Annual administration and progress report of the Indian Medical Department, Bombay
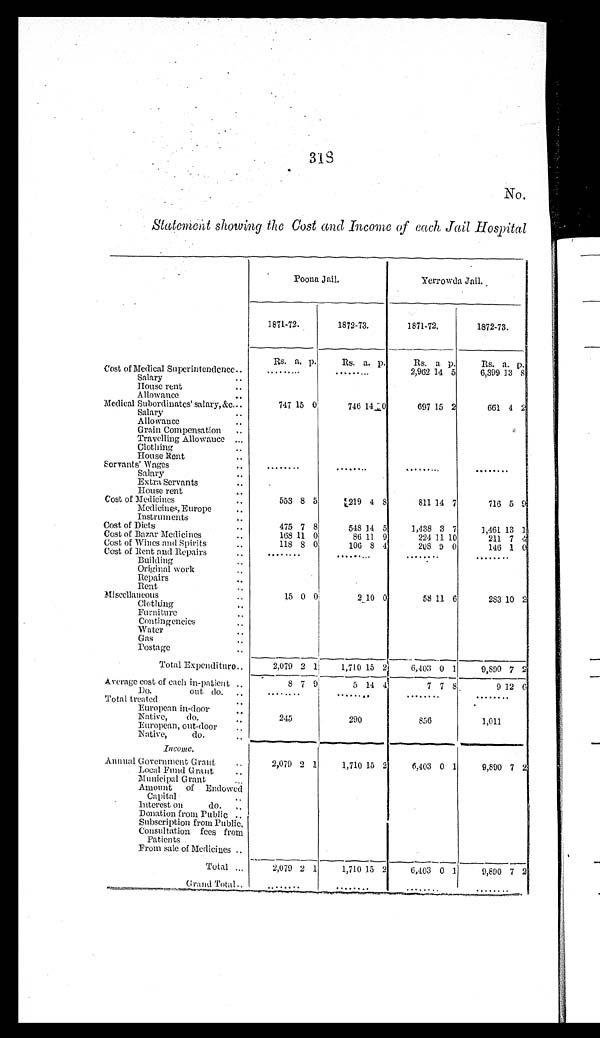
318
No.
Statement showing the Cost and Income of each Jail Hospital
P o o n a J a i l .
Yerrowda Jai l .
1871-72.
1872-73.
1871-72.
1872-73.
Rs. a. p.
Rs. a. p.
Rs. a. p.
Rs. a. p.
Cost of Medical Superintendence . . .
. . .
. . .
2,962 14 5
6,399 13 8
Salary . . .
House rent . . .
Allowance . . .
Medical Subordinates' salary, &c. . . .
747 15 0
746 14 < i l l e g i b l e > 0
6 9 7 15 2
661 4 2
Salary . . .
Allowance . . .
Grain Compensation . . .
Travelling Allowance . . .
Clothing . . .
House Rent . . .
Servants' Wages . . .
. . .
. . .
. . .
. . .
Salary . . .
Extra Servants . . .
H o u s e r e n t . . .
Cost of Medicines . . .
553 8 5
219 4 8
811 14 7
716 5 9
Medicines, Europe . . .
Instruments . . .
Cost of Diets . . .
475 7 8
548 14 5
1,438 3 7
1,461 13 1
Cost of Bazar Medicines . . .
1 6 8 11 0
86 11 9
224 11 10
211 7 4
Cost of Wines and Spirits . . .
118 8 0
106 8 4
208 9 0
146 1
0
Cost of Rent and Repairs . . .
. . .
. . .
. . .
. . .
Building . . .
Original work . . .
Repairs . . .
Rent . . .
Miscellaneous . . .
15
0 0
2 10 0
58 11 6
283 10
2
Clothing . . .
Furniture . . .
Contingencies . . .
Water . . .
Gas . . .
Postage . . .
Total Expenditure.
2,079 2 1
1,710 15 2
6,403 0 1
9,890 7
2
Average cost of each in-patient . . .
8 7 9
5 14 4
7 7 8
9 12 6
Do. out do. . . .
. . . . . .
. . .
. . .
Total treated . . .
European in-door . . .
Native, do. . . .
245
290
856
1,011
European, out-door . . .
Native, do. . . .
I n c o m e .
Annual Government Grant . . .
2,079 2 1
1,710 15 2
6,403 0 1
9,890 7 2
Local Fund Grant . . .
Municipal Grant . . .
Amount of Endowed
Capital . . .
Interest on do. . . .
Donation from Public . . .
Subscription from Public . . .
Consultation fees from
P a t i e n t s .
From sale of Medicines . . .
Total . . .
2,079 2 1
1,710 15 2
6,403 0 1
9,890 7 2
Grand Total . . . . . .
. . .
. . .
. . .